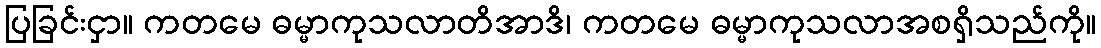
ပြခြင်းငှာ။ ကတမေ ဓမ္မာကုသလာတိအာဒိ၊ ကတမေ ဓမ္မာကုသလာအစရှိသည်ကို။